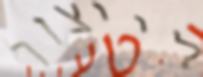
לייצור